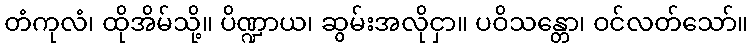
တံကုလံ၊ ထိုအိမ်သို့။ ပိဏ္ဍာယ၊ ဆွမ်းအလိုငှာ။ ပဝိသန္တော၊ ဝင်လတ်သော်။